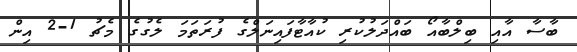
ބާސާ އާއި ބިލްބާއޯ ބައްދަލުކުރި ކުއާޓާފައިނަލްގެ ފުރަތަމަ ލެގުގެ މެޗު 1-2 އިން